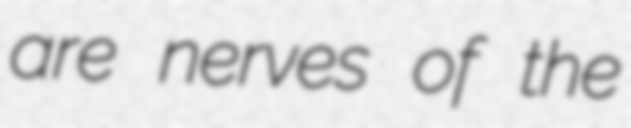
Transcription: are nerves of the